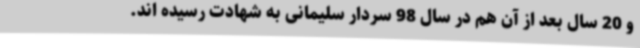
و 20 سال بعد از آن هم در سال 98 سردار سلیمانی به شهادت رسیده اند.